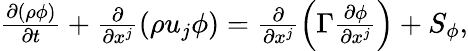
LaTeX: \begin{array}{r}{\frac{\partial\left(\rho\phi\right)}{\partial t}+\frac{\partial}{\partial x^{j}}\left(\rho u_{j}\phi\right)=\frac{\partial}{\partial x^{j}}\left(\Gamma\frac{\partial\phi}{\partial x^{j}}\right)+S_{\phi},}\end{array}